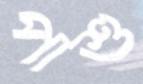
পাশু